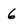
Character: 6